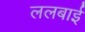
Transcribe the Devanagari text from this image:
ललबाई